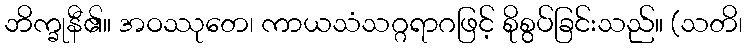
ဘိက္ခုနီ၏။ အဝဿုတေ၊ ကာယသံသဂ္ဂရာဂဖြင့် စိုစွပ်ခြင်းသည်။ (သတိ၊